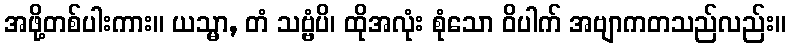
အဖို့တစ်ပါးကား။ ယသ္မာ, တံ သဗ္ဗံပိ၊ ထိုအလုံး စုံသော ဝိပါက် အဗျာကတသည်လည်း။